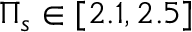
\Pi _ { s } \in [ 2 . 1 , 2 . 5 ]